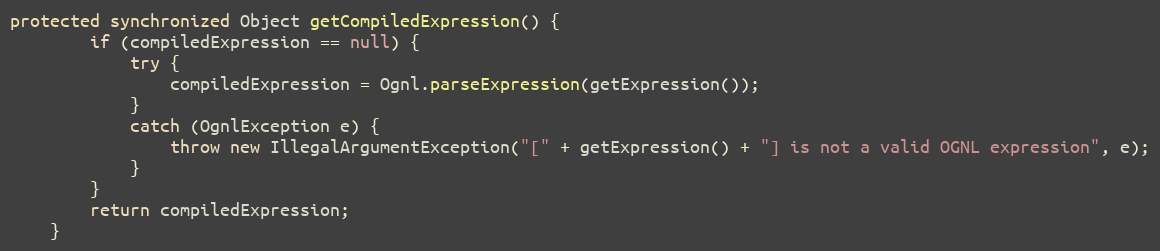
Language: Java
protected synchronized Object getCompiledExpression() {
        if (compiledExpression == null) {
            try {
                compiledExpression = Ognl.parseExpression(getExpression());
            }
            catch (OgnlException e) {
                throw new IllegalArgumentException("[" + getExpression() + "] is not a valid OGNL expression", e);
            }
        }
        return compiledExpression;
    }